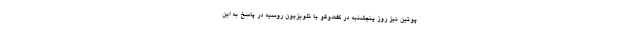
پوتین نیز روز پنجشنبه در گفت‌وگو با تلویزیون روسیه در پاسخ به این